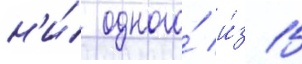
н'и́ одного́ и́з 15